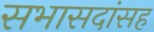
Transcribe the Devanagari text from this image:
सभासदांसह